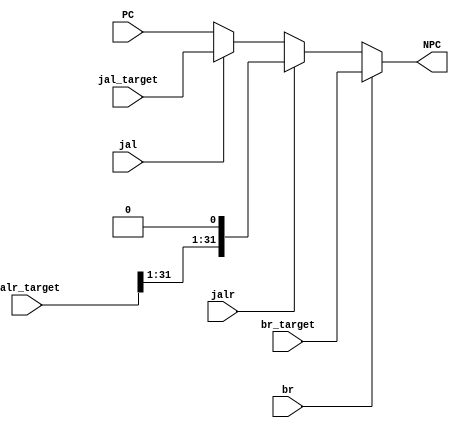
`timescale 1ns / 1ps
//  
    //  ?
    //  debugsimulation
// 
    // PC                PC + 4, PC?
    // jal_target        jal
    // jalr_target       jalr
    // br_target         br
    // jal               jal == 1jal
    // jalr              jalr == 1jalr
    // br                br == 1br
// 
    // NPC               
//   
    // NPC_Generator ?

module NPC_Generator(
    input wire [31:0] PC, jal_target, jalr_target, br_target,
    input wire jal, jalr, br,
    output reg [31:0] NPC
    );

    // TODO: Complete this module

    /* FIXME: Write your code here... */
    always @ (*)
    begin
        if (br) NPC = br_target;
        else if (jalr) NPC = {jalr_target[31:1], 1'b0};
        else if (jal) NPC = jal_target;
        else NPC = PC;
    end
endmodule